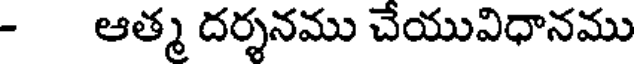
- ఆత్మ దర్శనము చేయువిధానము